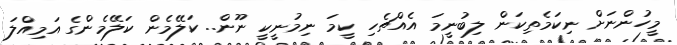
މީހުންނަށް ނިކަމެތިކަން ލިބުނީމަ އެއްޗެހި ކީމަ ނިމުނީކީ ނޫން.. ކަލޭމެން ކަލޭމެންގެ އަމިއްލަ